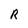
Character: R